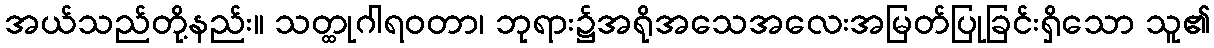
အယ်သည်တို့နည်း။ သတ္ထုဂါရဝတာ၊ ဘုရား၌အရိုအသေအလေးအမြတ်ပြုခြင်းရှိသော သူ၏